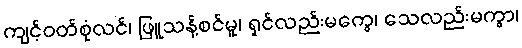
ကျင့်ဝတ်စုံလင်၊ ဖြူသန့်စင်မူ၊ ရှင်လည်းမကွေ၊ သေလည်းမကွာ၊